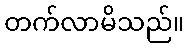
တက်လာမိသည်။